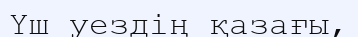
Үш уездің қазағы,